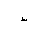
Letter: _da